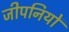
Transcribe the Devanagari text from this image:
जीपनियों